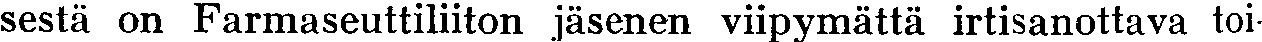
sestä on Farmaseuttiliiton jäsenen viipymättä irtisanottava toi-